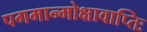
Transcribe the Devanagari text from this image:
पगमान्मोक्षावाप्तिः